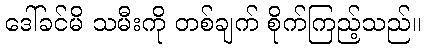
ဒေါ်ခင်မိ သမီးကို တစ်ချက် စိုက်ကြည့်သည်။